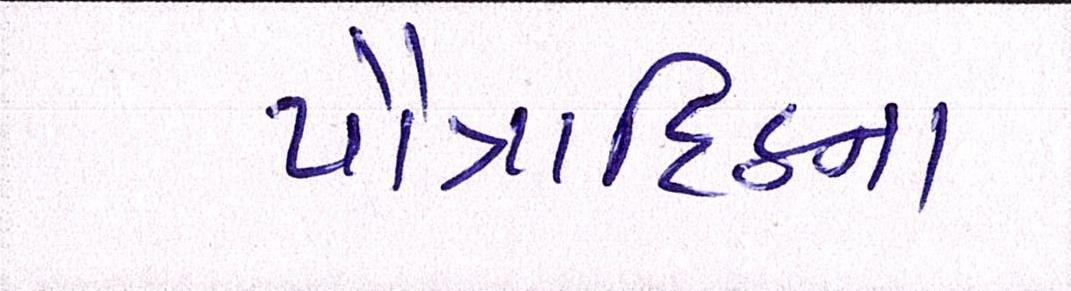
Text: પૌત્રાદિકના